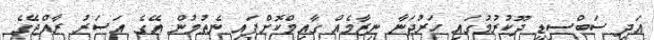
އަދި ސަބްސިޑީ ދޫކުރުމުގައި ހަރުދަނާ ނިޒާމެއް ގާއިމްކޮށްފައި ނެތުމުން އޭގެ އަސަރު ރާއްޖޭގެ